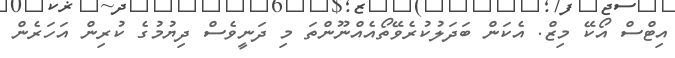
އިޓްސް އޯކޭ މިޒް. އެކަން ބަދަލުކުރެވޭތޯއެއްނޫންތަ މި ދަނީވެސް ދިޔުމުގެ ކުރިން އަހަރެން